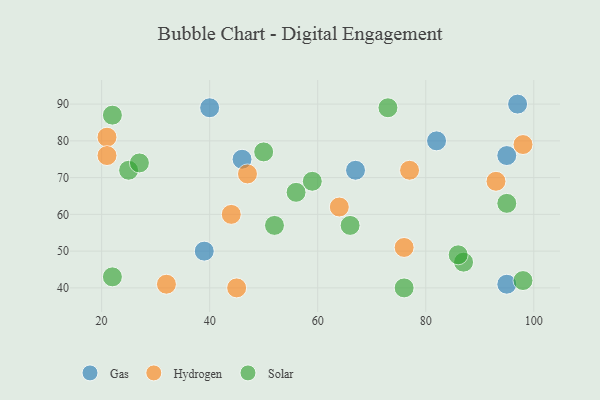
{"axis": {"x": "GDP", "y": "Life Expectancy"}, "legend": ["Gas", "Hydrogen", "Solar"], "data": [{"x": "40", "y": 89, "type": "Gas"}, {"x": "67", "y": 72, "type": "Gas"}, {"x": "82", "y": 80, "type": "Gas"}, {"x": "97", "y": 90, "type": "Gas"}, {"x": "95", "y": 76, "type": "Gas"}, {"x": "39", "y": 50, "type": "Gas"}, {"x": "95", "y": 41, "type": "Gas"}, {"x": "46", "y": 75, "type": "Gas"}, {"x": "47", "y": 71, "type": "Hydrogen"}, {"x": "76", "y": 51, "type": "Hydrogen"}, {"x": "45", "y": 40, "type": "Hydrogen"}, {"x": "21", "y": 81, "type": "Hydrogen"}, {"x": "93", "y": 69, "type": "Hydrogen"}, {"x": "77", "y": 72, "type": "Hydrogen"}, {"x": "98", "y": 79, "type": "Hydrogen"}, {"x": "64", "y": 62, "type": "Hydrogen"}, {"x": "44", "y": 60, "type": "Hydrogen"}, {"x": "21", "y": 76, "type": "Hydrogen"}, {"x": "32", "y": 41, "type": "Hydrogen"}, {"x": "98", "y": 42, "type": "Solar"}, {"x": "59", "y": 69, "type": "Solar"}, {"x": "87", "y": 47, "type": "Solar"}, {"x": "25", "y": 72, "type": "Solar"}, {"x": "73", "y": 89, "type": "Solar"}, {"x": "95", "y": 63, "type": "Solar"}, {"x": "27", "y": 74, "type": "Solar"}, {"x": "52", "y": 57, "type": "Solar"}, {"x": "22", "y": 87, "type": "Solar"}, {"x": "56", "y": 66, "type": "Solar"}, {"x": "66", "y": 57, "type": "Solar"}, {"x": "86", "y": 49, "type": "Solar"}, {"x": "50", "y": 77, "type": "Solar"}, {"x": "76", "y": 40, "type": "Solar"}, {"x": "22", "y": 43, "type": "Solar"}]}